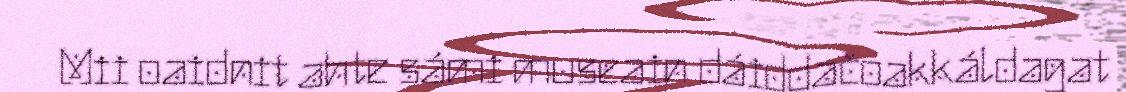
Mii oaidnit ahte sámi museain dáiddačoakkáldagat